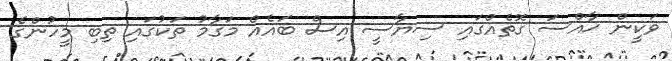
ވަކީން ޚާއްސަ ގޮތެއްގައި ސިޔާސީ އިސް ބައެއް މަގާމު ތަކުގައި ތިބި މީހުންގެ